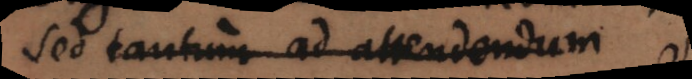
sed tantum ad attendendum.